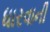
ધારવાની